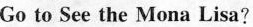
Go to See the Mona Lisa?